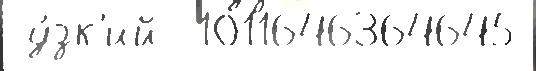
 у́зк'ий  1011646364645